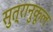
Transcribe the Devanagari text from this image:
सुत्रानुकूल